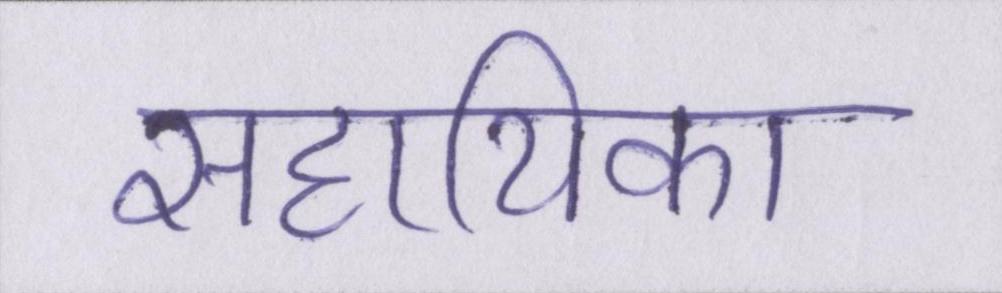
सहायिका